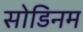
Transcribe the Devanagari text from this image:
सोडिनम